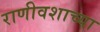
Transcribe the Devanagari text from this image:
राणीवशाच्या